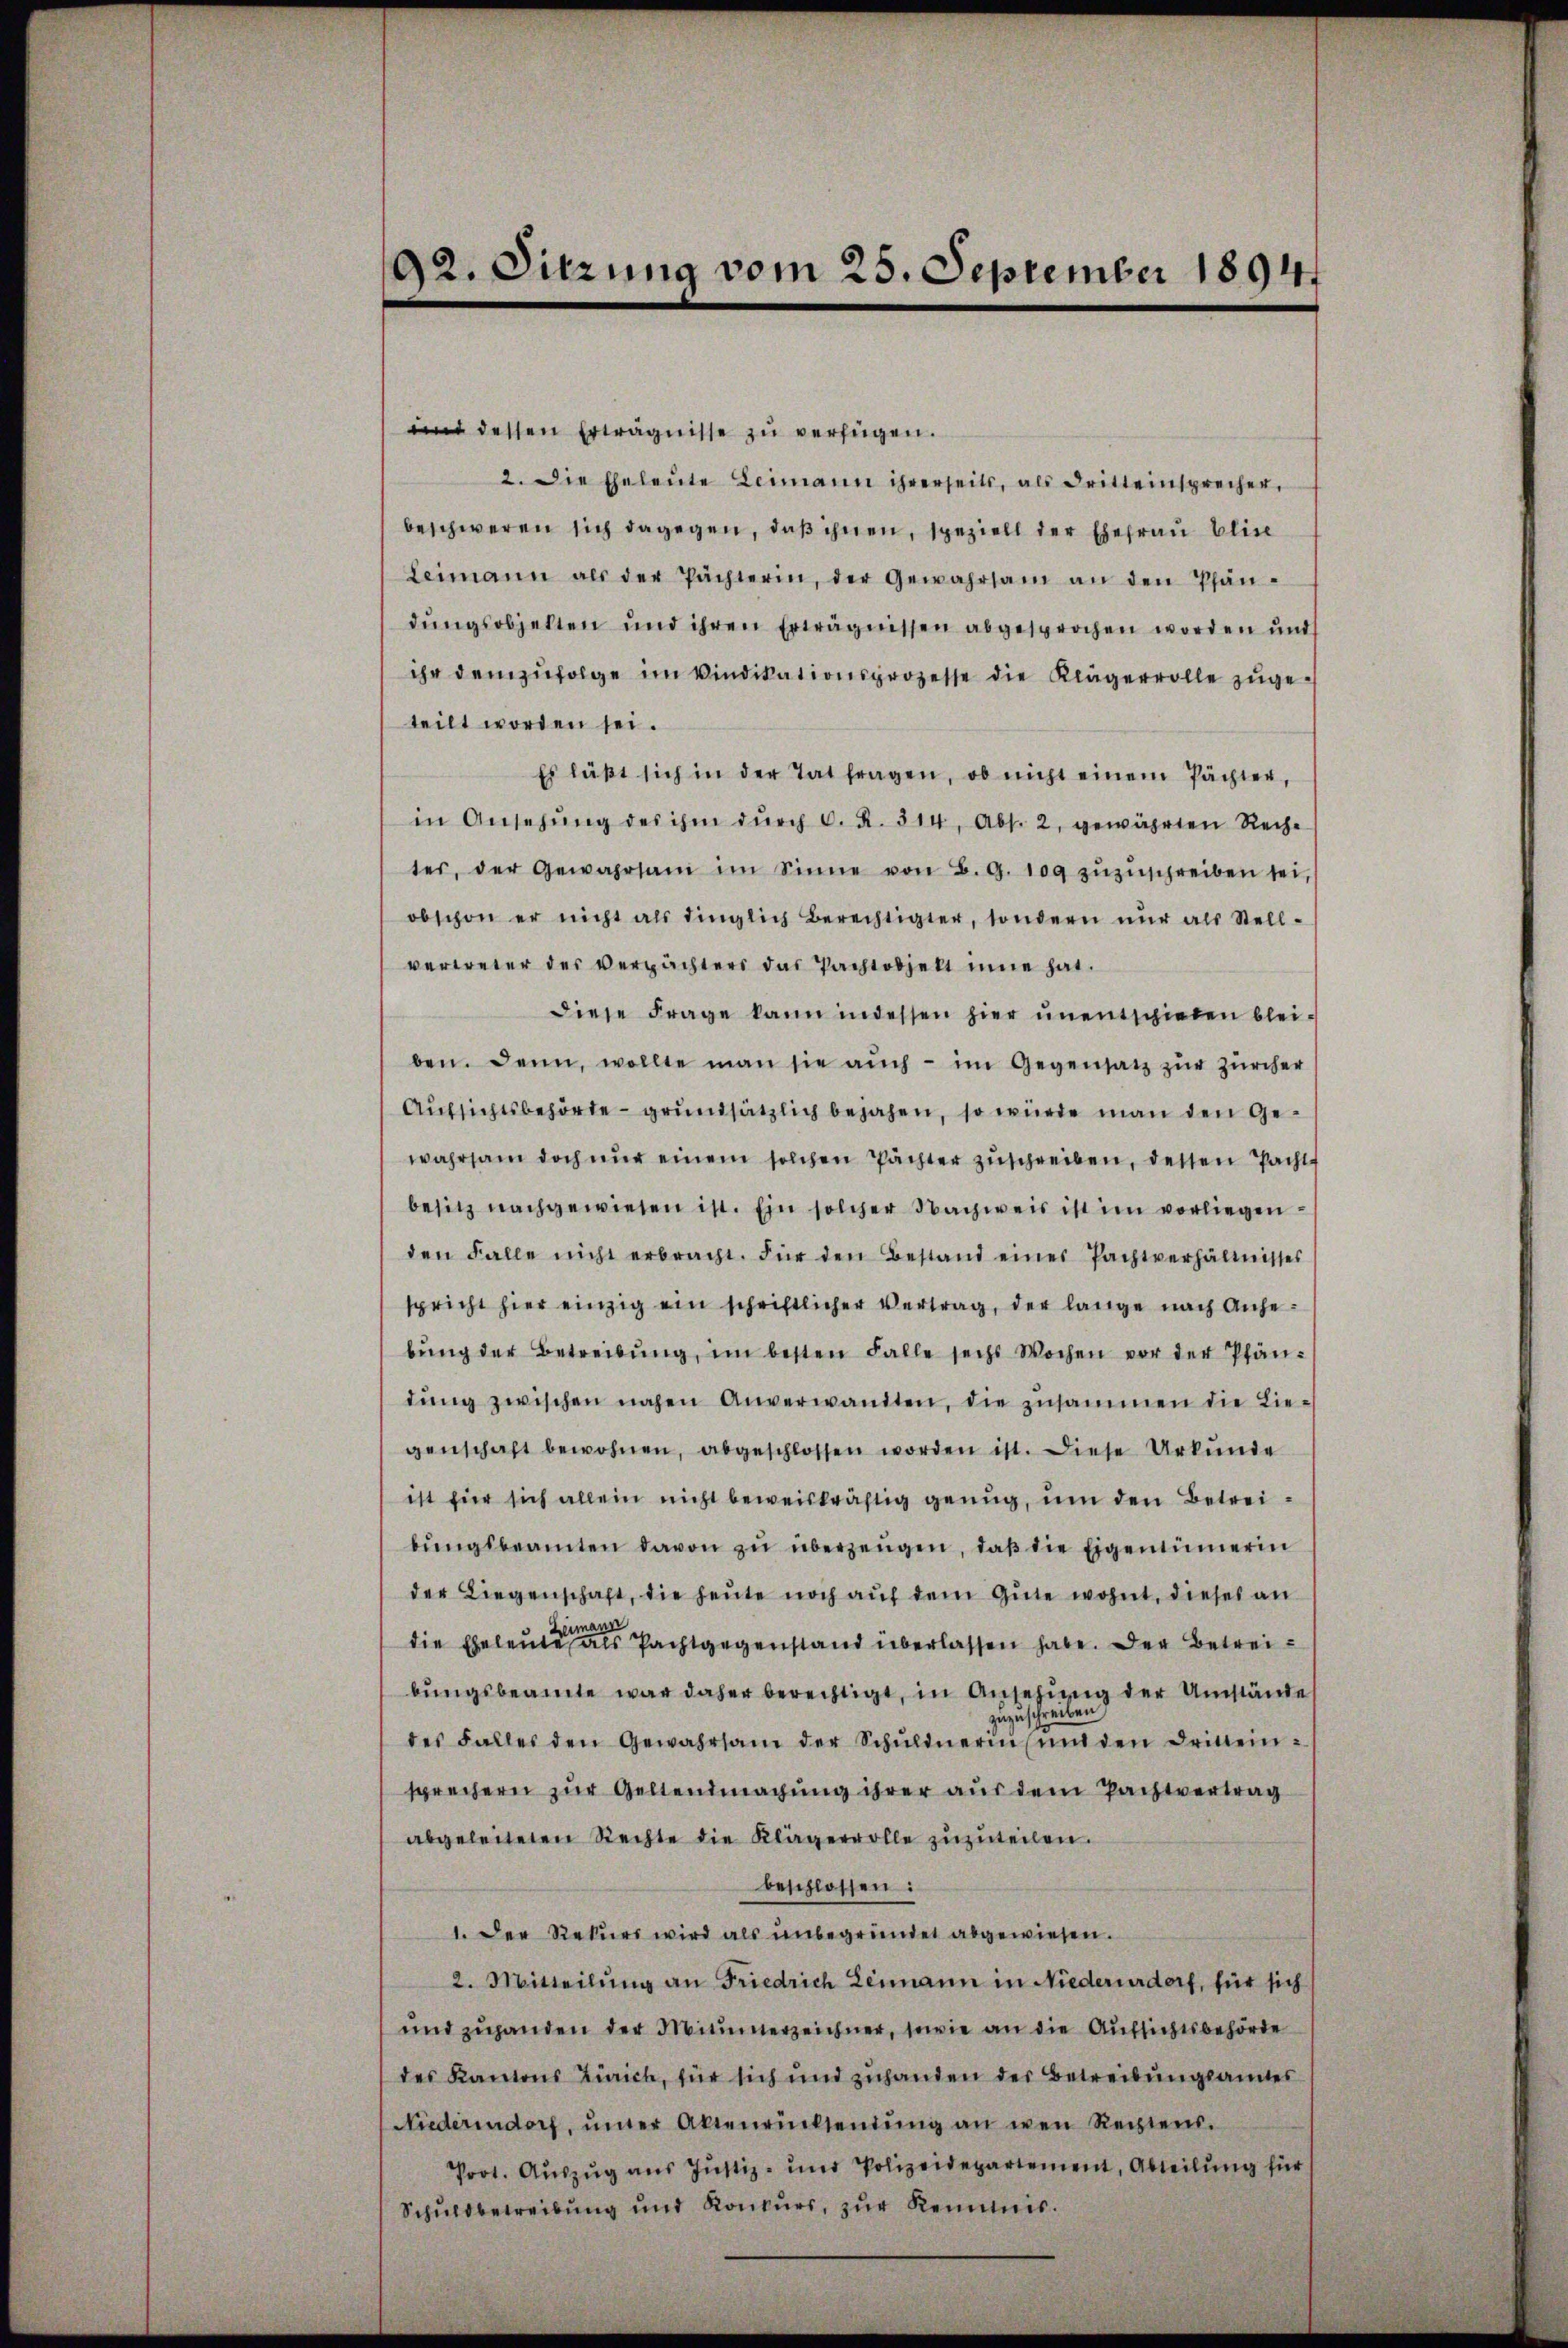
und dessen Erträgnisse zŭ verfügen.
2. Die Eheleute Leimann ihrerseits, als dritteinsprecher,
beschweren sich dagegen, daß ihnen, speziell der Ehefrau blie
Leimann als der Pächterin, der Gewahrsam an den Pfän-
dŭngsobjekten und ihren Erträgnissen abgesprochen worden und
ihr demzufolge im Vindikationsprozesse die Klägerrolle zugeteilt worden sei.
Es läβt sich in der Tat fragen, ob nicht einem Pächter,
in Ansehŭng des ihm dŭrch C. R. 314, Abs. 2, gewährten Reche
tes, der Gewahrsam im Sinne von B. G. 109 zŭzŭschreiben sei,
obschon er nicht als dinglich berechtigter, sondern nŭr als Stell-
vertreter der Verpächters das Pachtobjekt inne hat.
diese Frage kann indessen hier ŭnentschieden blei-
ben. Denn, wollte man sie aŭch - im Gegensatz zŭr Zürcher
Aufsichtsbehörte - grundsätzlich bejahen, so würde man den Gewahrsam doch nur einem solchen Pächter zuschreiben, dessen Pachte
besitz nachgewiesen ist. Ein solcher Nachweis ist im vorliegen
den Falle nicht erbracht. Für den Bestand einer Pachtverhältnisses
spricht hier einzig ein schriftlicher Vertrag, der lange nach Anhe-
bŭng der Betreibŭng, im besten Falle sechs Wochen vor der Pfän-
dŭng zwischen nahen Anverwandten, die zusammen die Lie-
genschaft bewohnen, abgeschlossen worden ist. Diese Urkunde
ist für sich allein nicht beweiskräftig genug, um den Betreibŭngsbeamten davon zŭ überzeŭgen, daβ die Eigentümerin
der Liegenschaft, die heute noch auf dem Gute wohnt, dieses an
gema
die Eheleute als Pachtgegenstand überlassen habe. Der Betreibungsbeamte war daher berechtigt, in Ansehung der Umstände
des Falles den Gewahrsam der Schŭldnerin und den drittein-
sprechern zur Geltendmachung ihrer aus dem Pachtvertrag
abgeleiteten Rechte die Klägervolle zuzuteilen.
beschlossen:
1. Der Rekurs wird als unbegründet abgewiesen.
2. Mitteilung an Friedrich Leimann in Niederurdorf, für sich
und zuganden der Mitinerzeichner, sowie an die Aufsichtsbehörde
des Kantons Zürich, für sich und zuhanden der Betreibungsamtes
Niederendorf, iner Aktenrücksendŭng an wen Rechtens.
Prot. Auszug aus Justiz- und Polizeidepartement, Abteilung für
Schuldbetreibŭng und Konkurs, zŭr Keimis¬

92. Sitzung vom 25. September 1894